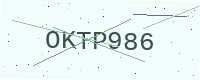
Text: OKTP986